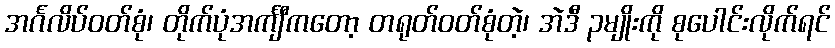
အင်္ဂလိပ်ဝတ်စုံ၊ တိုက်ပုံအင်္ကျီကတော့ တရုတ်ဝတ်စုံတဲ့၊ အဲဒီ ၃မျိုးကို စုပေါင်းလိုက်ရင်